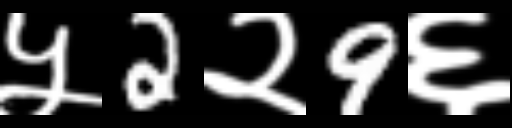
Text: ५2२9६